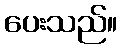
ပေးသည်။